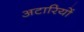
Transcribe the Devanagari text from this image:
अटारियों